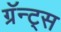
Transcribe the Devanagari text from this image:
ग्रॅन्ट्‍स